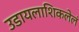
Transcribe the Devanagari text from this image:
उडायलाशिकलेलं